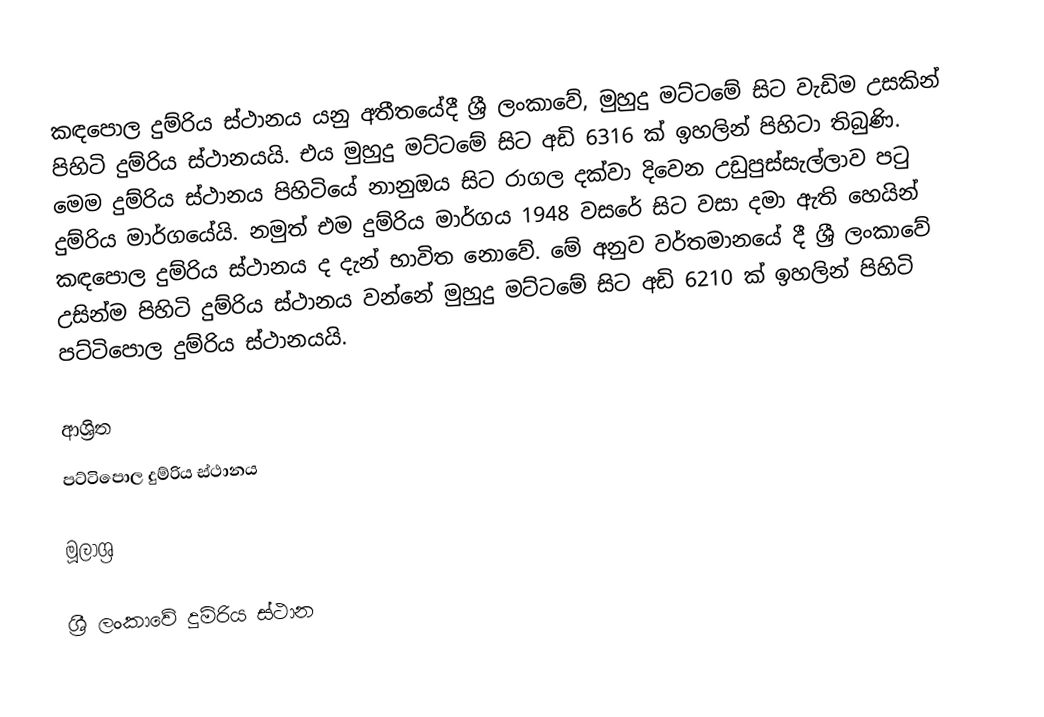
කඳපොල දුම්රිය ස්ථානය යනු අතීතයේදී ශ්‍රී ලංකාවේ, මුහුදු මට්ටමේ සිට වැඩිම උසකින් පිහිටි දුම්රිය ස්ථානයයි. එය මුහුදු මට්ටමේ සිට අඩි 6316 ක් ඉහලින් පිහිටා තිබුණි. මෙම දුම්රිය ස්ථානය පිහිටියේ නානුඔය සිට රාගල දක්වා දිවෙන උඩුපුස්සැල්ලාව පටු දුම්රිය මාර්ගයේයි. නමුත් එම දුම්රිය මාර්ගය 1948 වසරේ සිට වසා දමා ඇති හෙයින් කඳපොල දුම්රිය ස්ථානය ද දැන් භාවිත නොවේ. මේ අනුව වර්තමානයේ දී ශ්‍රී ලංකාවේ උසින්ම පිහිටි දුම්රිය ස්ථානය වන්නේ මුහුදු මට්ටමේ සිට අඩි 6210 ක් ඉහලින් පිහිටි පට්ටිපොල දුම්රිය ස්ථානයයි.

ආශ්‍රිත
 පට්ටිපොල දුම්රිය ස්ථානය

මූලාශ්‍ර

ශ්‍රී ලංකාවේ දුම්රිය ස්ථාන